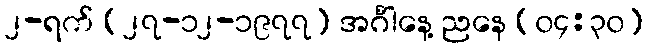
၂-ရက် (၂၇-၁၂-၁၉၇၇) အင်္ဂါနေ့ ညနေ (၀၄:၃၀)